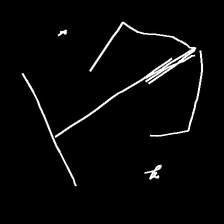
Glyph: earth